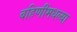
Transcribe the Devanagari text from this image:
बहिणींमधल्या